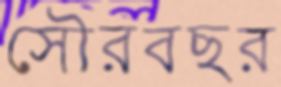
সৌরবছর